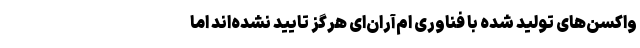
واکسن‌های تولید شده با فناوری ام‌آر‌ان‌ای هرگز تایید نشده‌اند اما